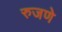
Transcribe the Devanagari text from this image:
रुजणे